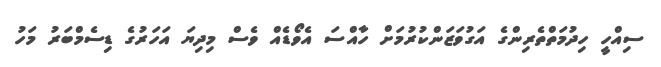
ސިއްހީ ހިދުމަތްތެރިންގެ އަގުވަޒަންކުރުމަށް ހާއްސަ އެވޯޑެއް ވެސް މިދިޔަ އަހަރުގެ ޑިސެމްބަރު މަހު